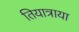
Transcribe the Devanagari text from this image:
तियात्राया